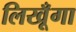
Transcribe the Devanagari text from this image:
लिखूँगा